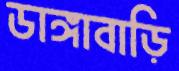
ডাঙ্গাবাড়ি